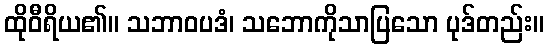
ထိုဝီရိယ၏။ သဘာဝပဒံ၊ သဘောကိုသာပြသော ပုဒ်တည်း။